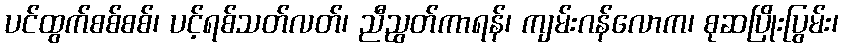
ပင်ထွက်စစ်စစ်၊ ပင့်ရစ်သတ်လတ်၊ ညီညွတ်ကာရန်၊ ကျမ်းဂန်လောက၊ စုဆပြိုးပြွမ်း၊